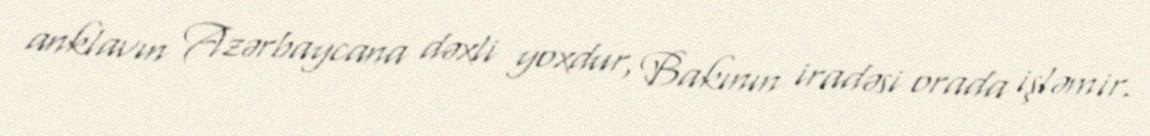
anklavın Azərbaycana dəxli yoxdur, Bakının iradəsi orada işləmir.